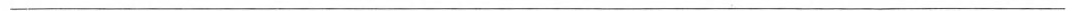
___